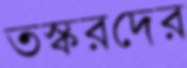
তস্করদের